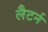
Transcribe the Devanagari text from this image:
लैटर्न